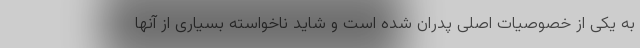
به یکی از خصوصیات اصلی پدران شده است و شاید ناخواسته بسیاری از آنها